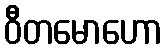
ဝီတမောဟော